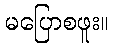
မပြောစဖူး။